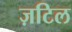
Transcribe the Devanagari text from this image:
ज़टिल